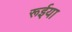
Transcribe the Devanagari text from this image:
रूईया